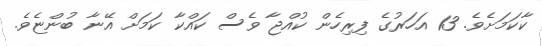
ކާކަމަށެވެ. 13 އަހަރުގެ ފިރިހެން ކުއްޖާ ވެސް ކައްކާ ކަމަށް އޭނާ ބުންޏެވެ.